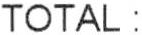
TOTAL :